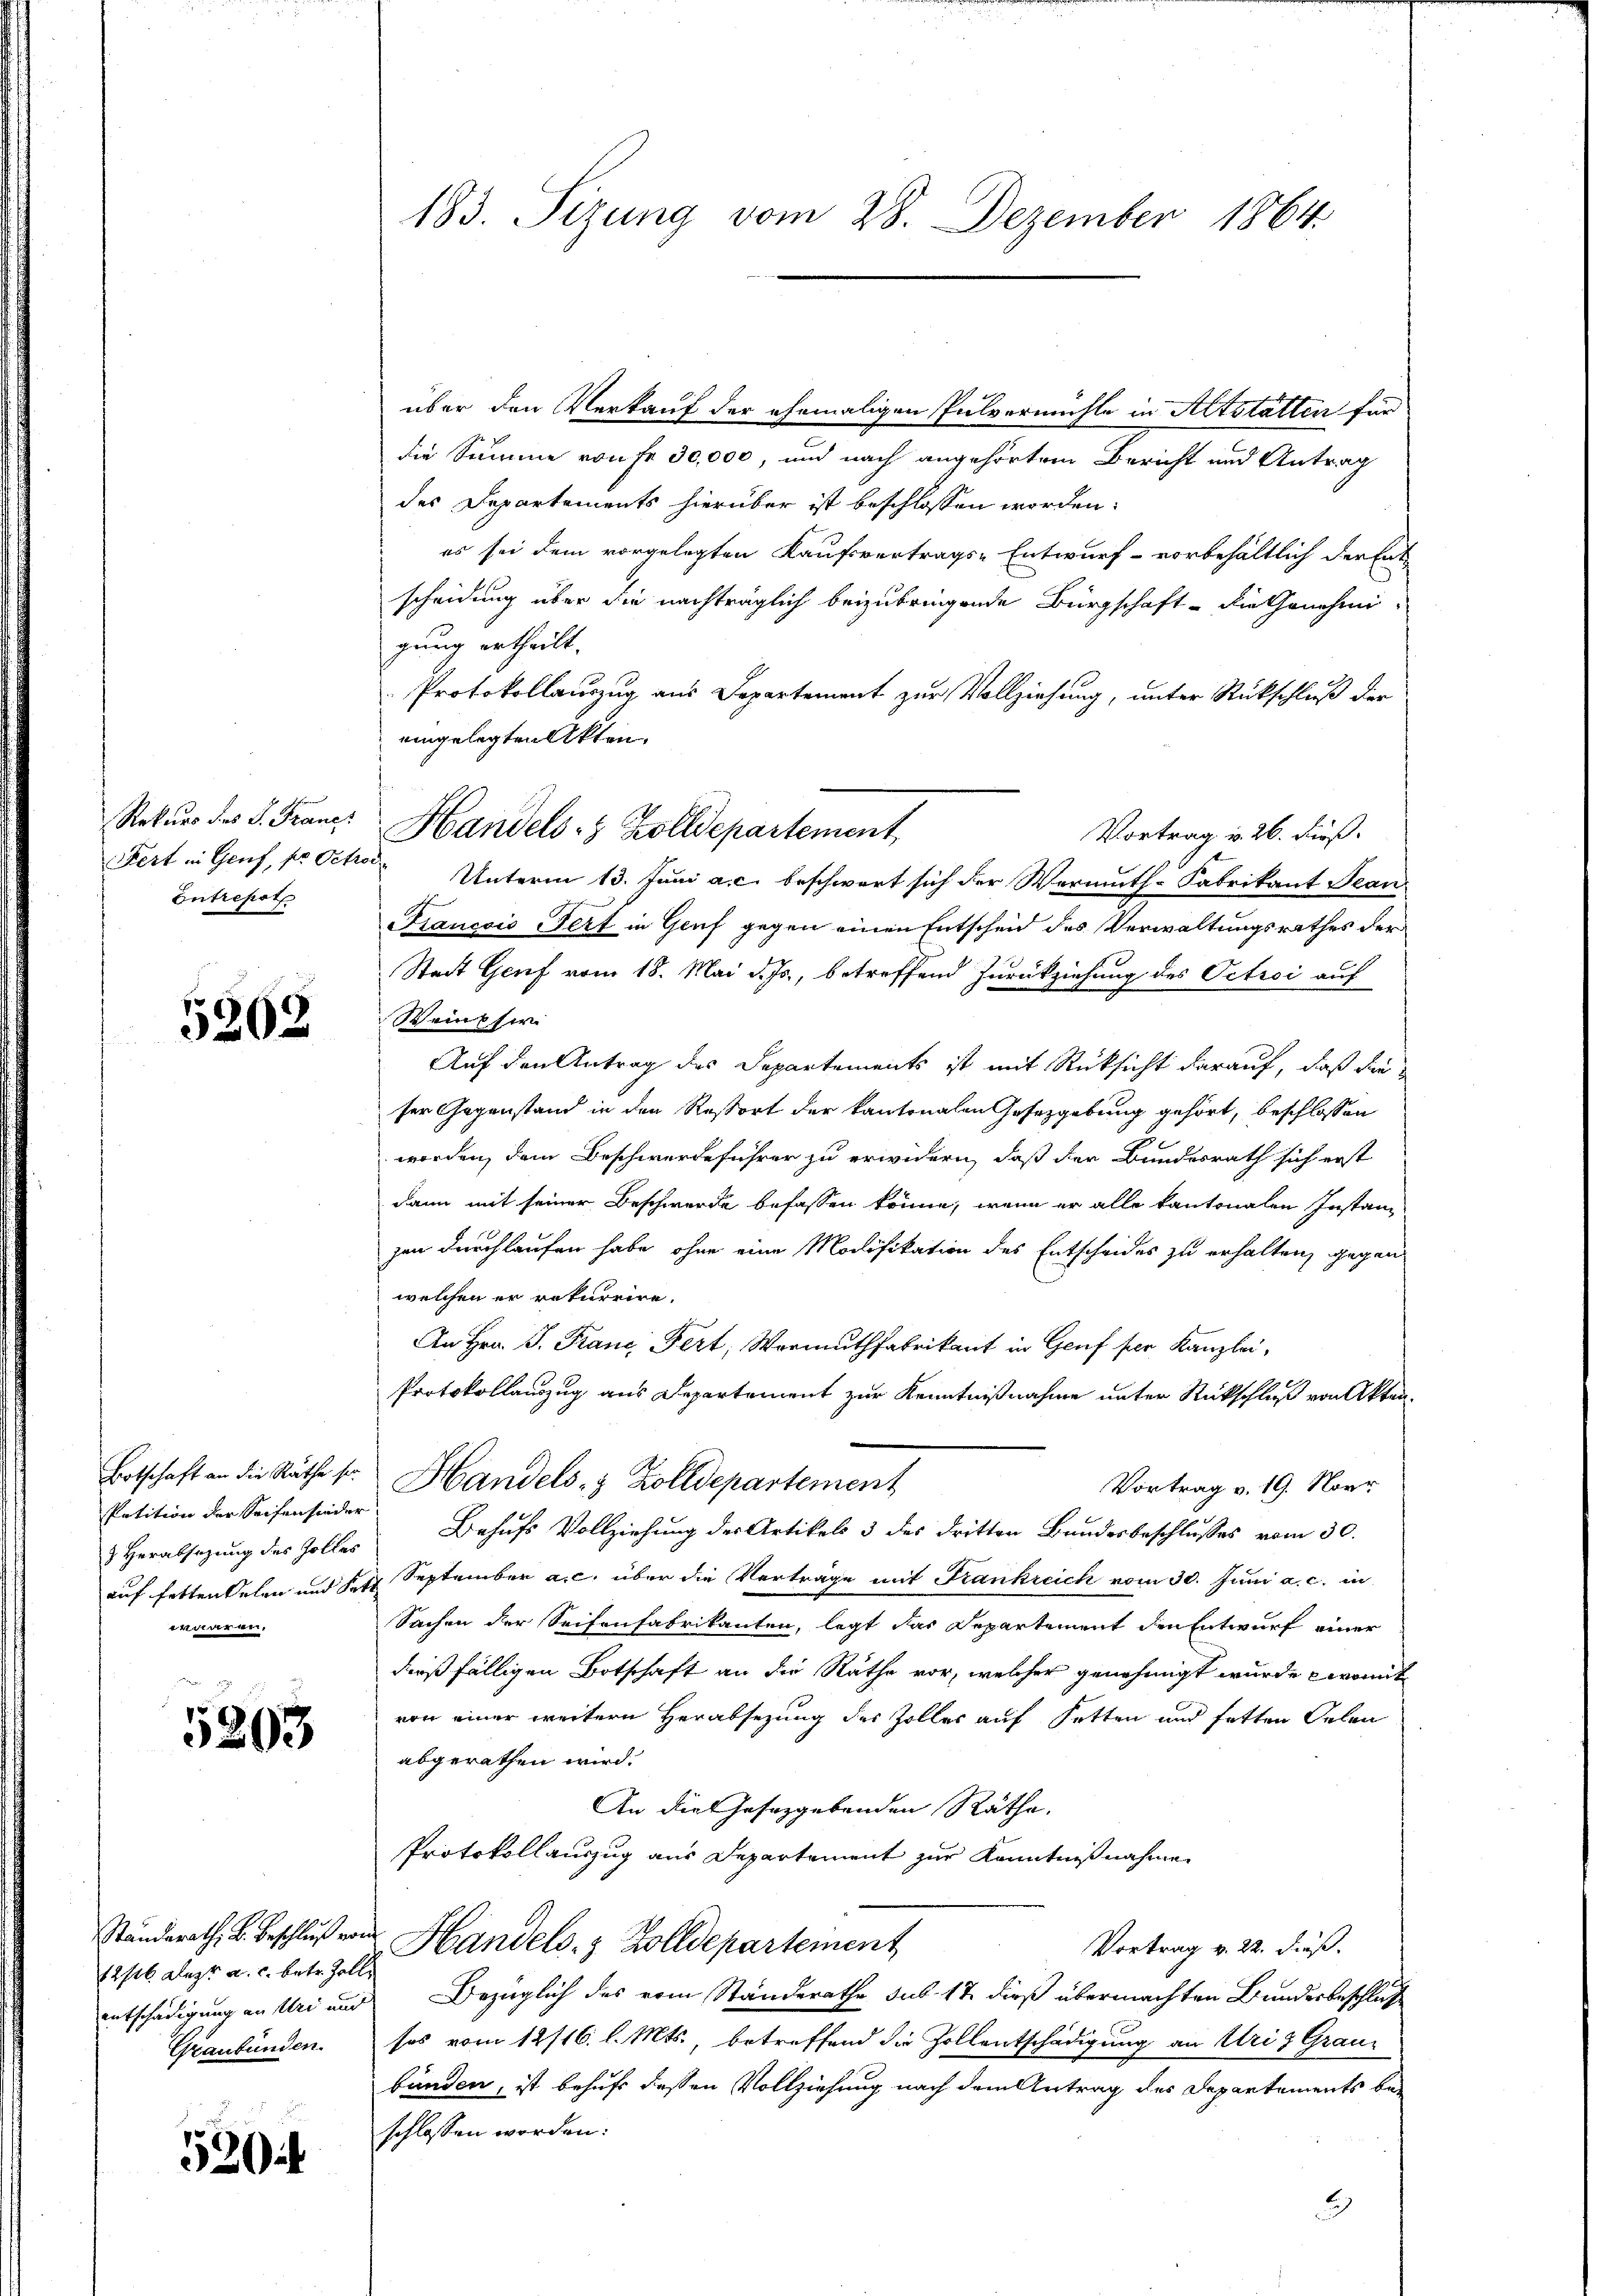
Rekurs des P. Franc
Fert in Genf, pr Octro
Entrepot

5302

Botschaft an die Räthe sei
Petition der Seifensieder
3 Herabsetzung des Zolles
auf fetten elen und Satz.
kter ver-

5203

Standerath B. Beschluß vom
12/6 lezt a. c. betr. Zolle
entschädigung an Uri und

52044

183. Sizung vom 28. Dezember 1864.

e
über den Verkauf der ehemaligen Pulvermühle in Altstatten für
die Summe von Fr. 30,000, und nach angehörtem Bericht und Antrag
des Departements hierüber ist beschlossen worden.
es sei dem vorgelegten Kaufsvertrags-Entwurf - vorbehältlich der Ent
scheidung über die nachträglich beizubringende Bürgschaft - die Genehmigung ertheilt.
Protokollauszug aus Departement zur Vollziehung, unter Rückschluß der
eingelegten Akten.
Vortrag v. 26. dieß.
 Unterm 13. Juni a. c. beschwert sich der Wermuth-Fabrikant Pean-
iancois Fert in Genf gegen einen Entscheid des Verwaltungsrathes der
Stadt Genf vom 18. Mai d. Js., betreffend Zurückziehung des Oetici auf
Weinfir
Auf den Antrag des Departements ist mit Rücksicht darauf, daß die
ser Gegenstand in den Resort der kantonalen Gesetzgebung gehört, beschlossen
3.
worden, dem Beschwerdeführer zu erwidern, daß der Bundesrath sich erst
dann mit seiner Beschwerde befassen könne, wenn er alle kantonalen Instanz
zen durchlaufen habe, ohne eine Modifikation des Entscheides zu erhalten, gegen
welchen er rekurrire.
An Hrn. J. Rang Fert, Vermuthfabrikant in Genf per Kanzlei,
Protokollauszug aus Departement zur Kenntnißnahme unter Rückschluß von Akten¬
Handels- & Zolldepartement
Vortrag v. 19. Novr
Behufs Vollziehung der Artikels 3 des dritten Bundesbeschlusses vom 30.
September a.c. über die Vertrage mit Krankreich vom 30. Juni a. c. in
Sachen der Seitenfabrikanten, legt das Departement den Entwurf einer
dießfälligen Botschaft an die Räthe vor, welcher genehmigt wurde zwot
von einer weitern Herabsezung des Zolles auf Setten und hatten Oelen
abgerathen wird.
An die Gesetzgebenden Räthe,
Protokollauszug aus Departement zur Kenntnißnahmen
Handels- & Zolldepartement
Vortrag v. 22. dieß.
Bezüglich des vom Standerathe sub. 17 dieß übermachten Bundesbeschluß
Graubünden ses vom 12/16. l. Mts., betreffend die Zollentschädigung an Uri & Graubänden, ist behufs dessen Vollziehung nach dem Antrag des Departements beschlossen worden.
2

Handels- & Zolldepartement